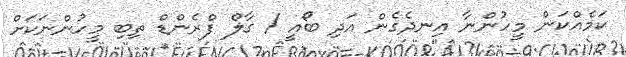
ކަމެއްކަން މީހުންނާ އިނދެގެން އަދި ބޯއީ / ގާލް ފްރެންޑް ތިބި މީހުންނަކަށް